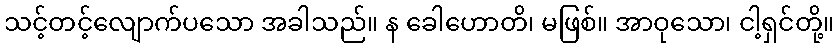
သင့်တင့်လျောက်ပသော အခါသည်။ န ခေါဟောတိ၊ မဖြစ်။ အာဝုသော၊ ငါ့ရှင်တို့။